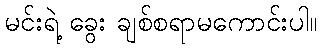
မင်းရဲ့ ခွေး ချစ်စရာမကောင်းပါ။